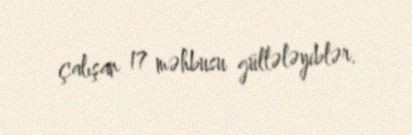
çalışan 17 məhbusu güllələyiblər.